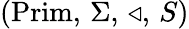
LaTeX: ({\mathrm{Prim}},\, \Sigma,\, \triangleleft,\, S)